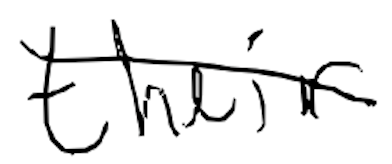
Text: their
Cross-out: diagonal
Writing tool: digital_black